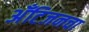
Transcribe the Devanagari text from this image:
अँटिजनचा